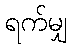
ရက်မျှ